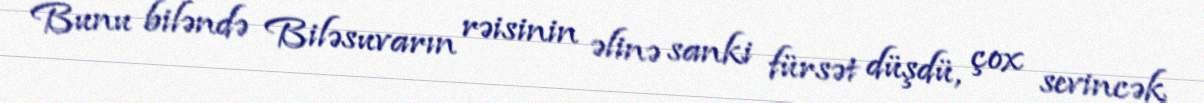
Bunu biləndə Biləsuvarın rəisinin əlinə sanki fürsət düşdü, çox sevincək